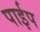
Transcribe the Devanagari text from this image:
पार्इप